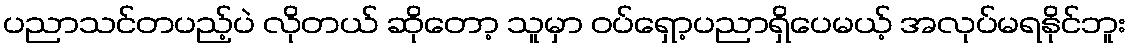
ပညာသင်တပည့်ပဲ လိုတယ် ဆိုတော့ သူမှာ ဝပ်ရှော့ပညာရှိပေမယ့် အလုပ်မရနိုင်ဘူး